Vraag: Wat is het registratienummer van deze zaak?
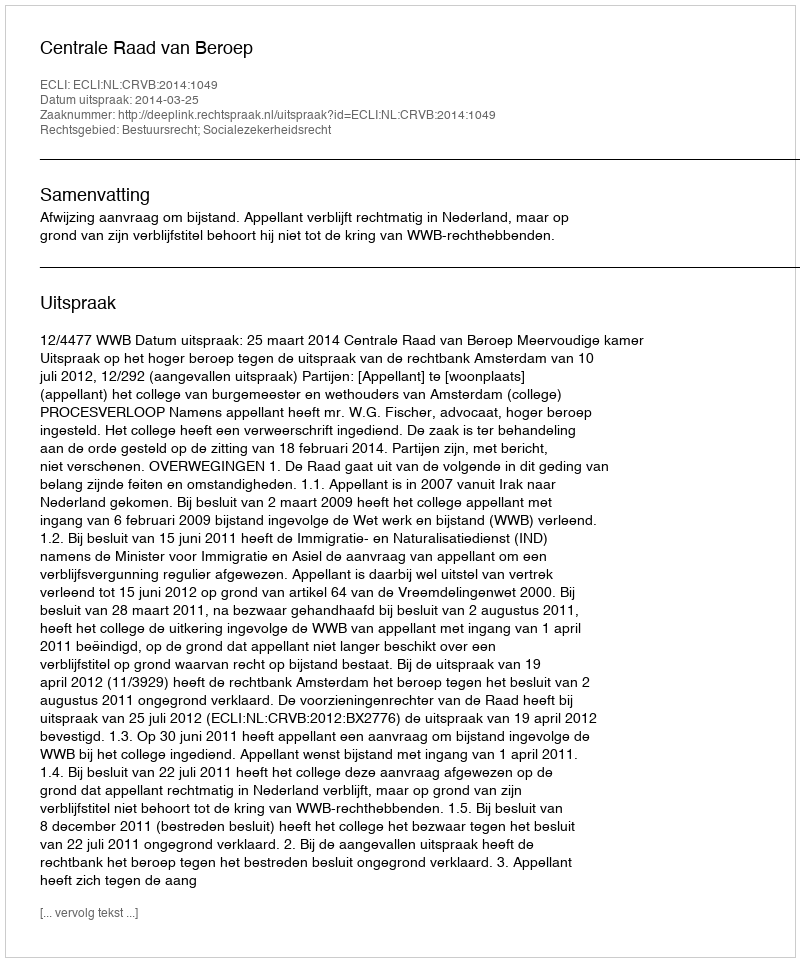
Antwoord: http://deeplink.rechtspraak.nl/uitspraak?id=ECLI:NL:CRVB:2014:1049